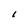
Character: l